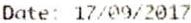
DATE: 17/09/2017